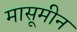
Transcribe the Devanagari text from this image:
मासूमीन